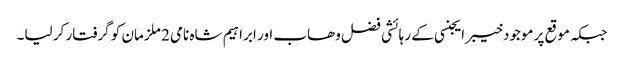
جبکہ موقع پر موجودخیبر ایجنسی کے رہائشی فضل وھاب اور ابراہیم شاہ نامی 2 ملزمان کو گرفتار کر لیا۔